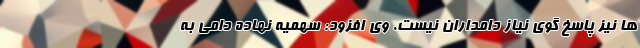
ها نیز پاسخ گوی نیاز دامداران نیست. وی افزود: سهمیه نهاده دامی به